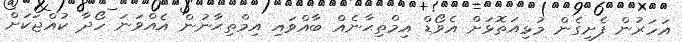
އަހަރުން ފެށިގެން މުޅިއަތޮޅަށް އެވޯޑް އިމްތިޙާނެއް ބާއްވައި އިމްތިޙާނުން އެއްވަނަ ހޯދާ ކުއްޖަކަށް